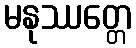
မနုဿတ္တေ